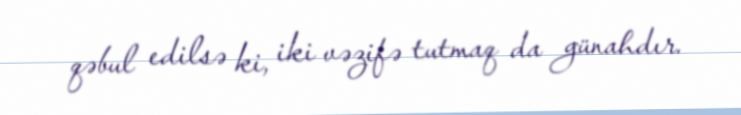
qəbul edilsə ki, iki vəzifə tutmaq da günahdır.